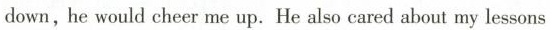
down,he would cheer me up. He also cared about my lessans